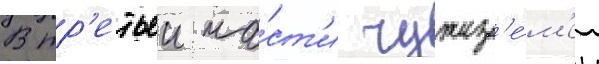
В тр'етьеи ча́ст'и чужез'е́м'ец